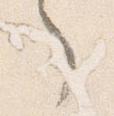
了